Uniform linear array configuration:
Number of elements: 4
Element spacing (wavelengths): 1
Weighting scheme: binomial
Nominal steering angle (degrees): -60
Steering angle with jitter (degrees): -58.501
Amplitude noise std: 0.05
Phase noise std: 0.05

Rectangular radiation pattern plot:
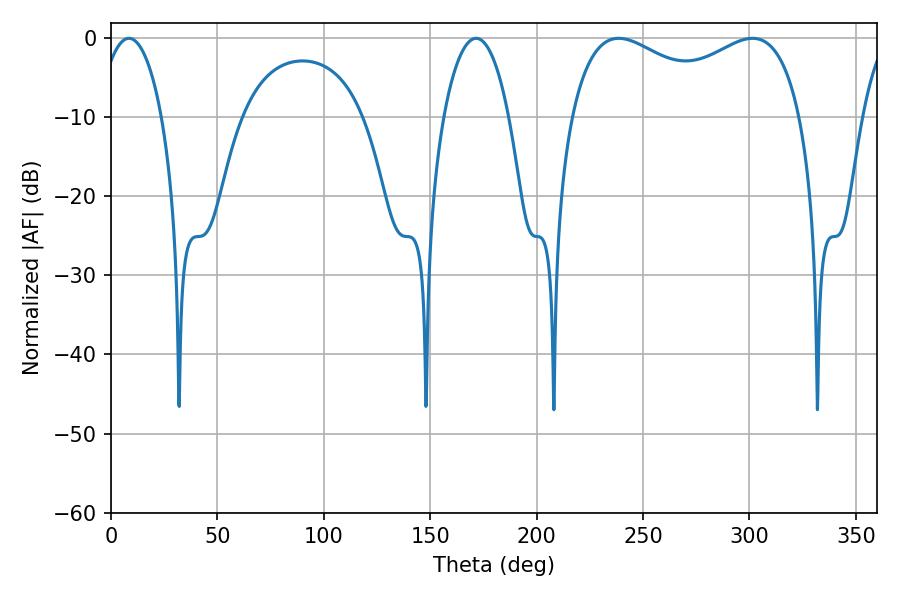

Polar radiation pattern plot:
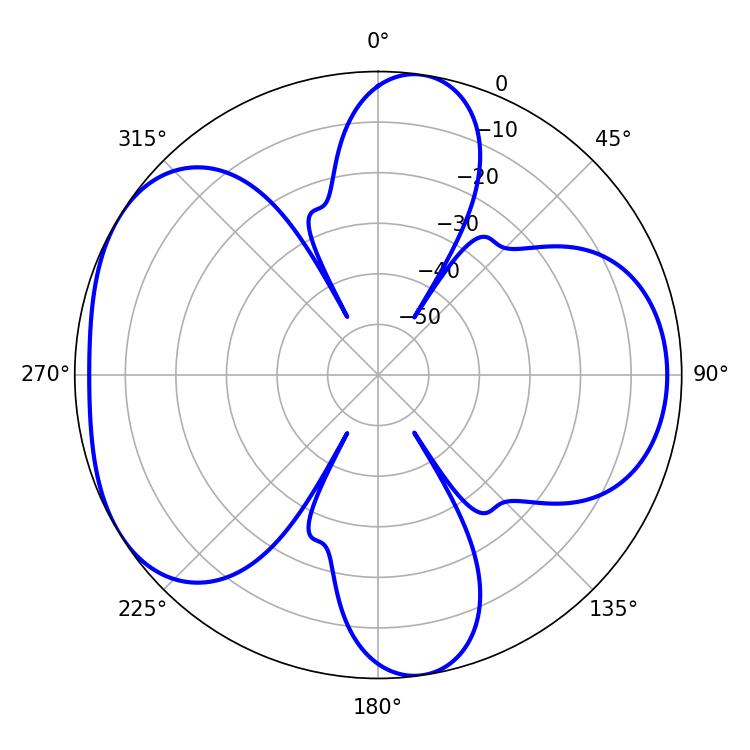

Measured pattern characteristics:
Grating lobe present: TRUE
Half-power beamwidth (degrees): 17.1
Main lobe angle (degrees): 8.46